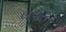
બપોરનો